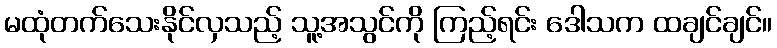
မထုံတက်သေးနိုင်လှသည့် သူ့အသွင်ကို ကြည့်ရင်း ဒေါသက ထချင်ချင်။